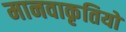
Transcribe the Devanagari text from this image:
मानवाकृतियों